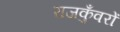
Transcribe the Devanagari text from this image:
राजकुँवरों